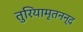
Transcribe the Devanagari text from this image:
तुरियामृतनन्द